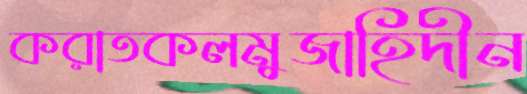
করাতকলমুজাহিদীন